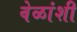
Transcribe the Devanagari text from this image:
वेळांशी